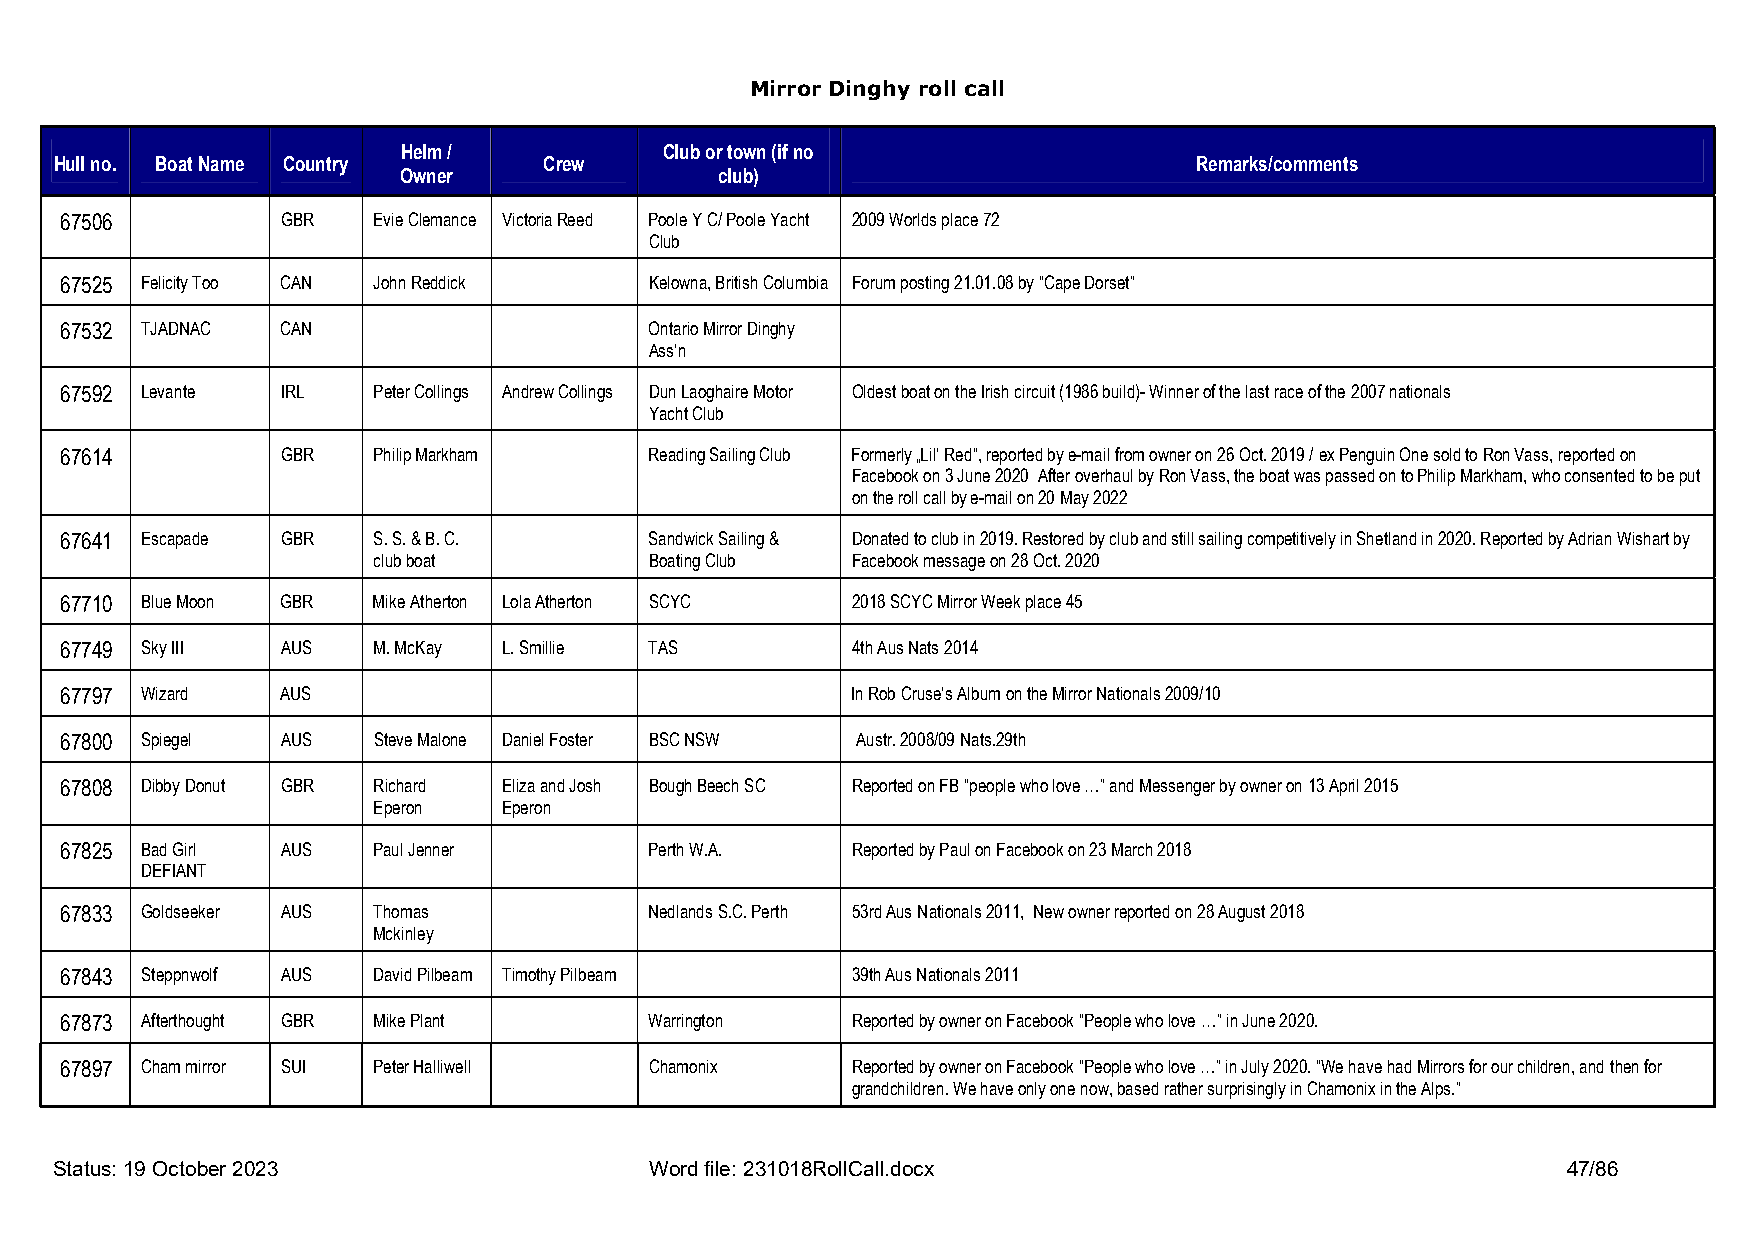
Mirror Dinghy roll call
 Helm /           Club or town (if no
 Hull no. Boat Name Country      Crew                                       Remarks/comments
 Owner                 club)
 67506          GBR   Evie Clemance Victoria Reed Poole Y C/ Poole Yacht 2009 Worlds place 72
 Club
 67525 Felicity Too CAN John Reddick    Kelowna, British Columbia Forum posting 21.01.08 by “Cape Dorset”
 67532 TJADNAC  CAN                     Ontario Mirror Dinghy
 Ass’n
 67592 Levante  IRL   Peter Collings Andrew Collings Dun Laoghaire Motor Oldest boat on the Irish circuit (1986 build)- Winner of the last race of the 2007 nationals
 Yacht Club
 67614          GBR   Philip Markham    Reading Sailing Club Formerly „Lil’ Red“, reported by e-mail from owner on 26 Oct. 2019 / ex Penguin One sold to Ron Vass, reported on
 Facebook on 3 June 2020 After overhaul by Ron Vass, the boat was passed on to Philip Markham, who consented to be put
 on the roll call by e-mail on 20 May 2022
 67641 Escapade GBR   S. S. & B. C.     Sandwick Sailing & Donated to club in 2019. Restored by club and still sailing competitively in Shetland in 2020. Reported by Adrian Wishart by
 club boat         Boating Club Facebook message on 28 Oct. 2020
 67710 Blue Moon GBR  Mike Atherton Lola Atherton SCYC 2018 SCYC Mirror Week place 45
 67749 Sky III  AUS   M. McKay L. Smillie TAS        4th Aus Nats 2014
 67797 Wizard   AUS                                  In Rob Cruse’s Album on the Mirror Nationals 2009/10
 67800 Spiegel  AUS   Steve Malone Daniel Foster BSC NSW Austr. 2008/09 Nats.29th
 67808 Dibby Donut GBR Richard Eliza and Josh Bough Beech SC Reported on FB “people who love …” and Messenger by owner on 13 April 2015
 Eperon  Eperon
 67825 Bad Girl AUS   Paul Jenner       Perth W.A.   Reported by Paul on Facebook on 23 March 2018
 DEFIANT
 67833 Goldseeker AUS Thomas            Nedlands S.C. Perth 53rd Aus Nationals 2011, New owner reported on 28 August 2018
 Mckinley
 67843 Steppnwolf AUS David Pilbeam Timothy Pilbeam  39th Aus Nationals 2011
 67873 Afterthought GBR Mike Plant      Warrington   Reported by owner on Facebook “People who love …” in June 2020.
 67897 Cham mirror SUI Peter Halliwell  Chamonix     Reported by owner on Facebook “People who love …” in July 2020. “We have had Mirrors for our children, and then for
 grandchildren. We have only one now, based rather surprisingly in Chamonix in the Alps.”
 Status: 19 October 2023                Word file: 231018RollCall.docx                               47/86